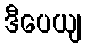
ဒီပေယျ